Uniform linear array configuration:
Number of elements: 4
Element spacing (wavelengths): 0.5
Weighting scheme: cosine
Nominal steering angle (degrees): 60
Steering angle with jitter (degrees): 58.683
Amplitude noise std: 0.05
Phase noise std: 0.05

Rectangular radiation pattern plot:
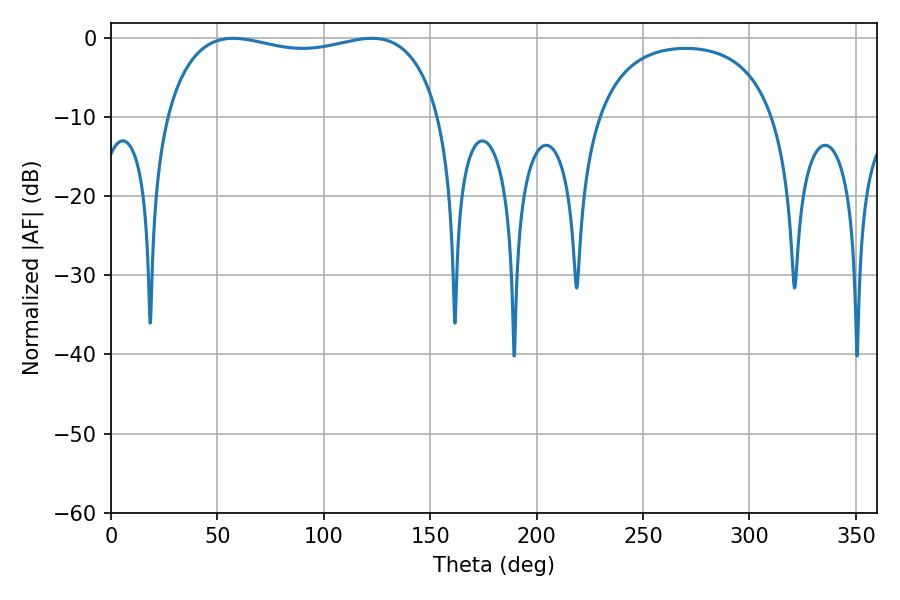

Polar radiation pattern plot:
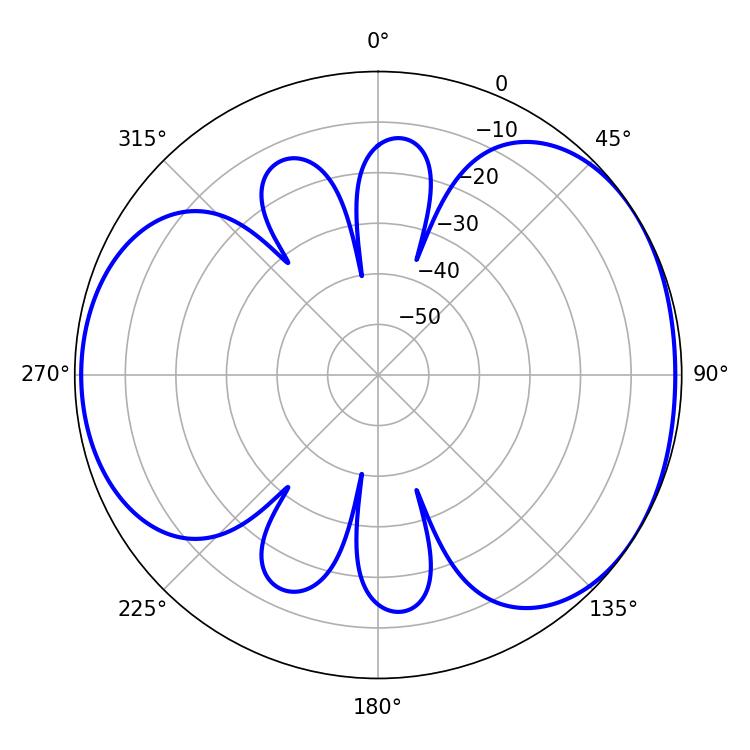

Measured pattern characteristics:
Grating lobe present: FALSE
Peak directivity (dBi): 4.397
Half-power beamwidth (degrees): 105.12
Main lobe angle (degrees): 57.42